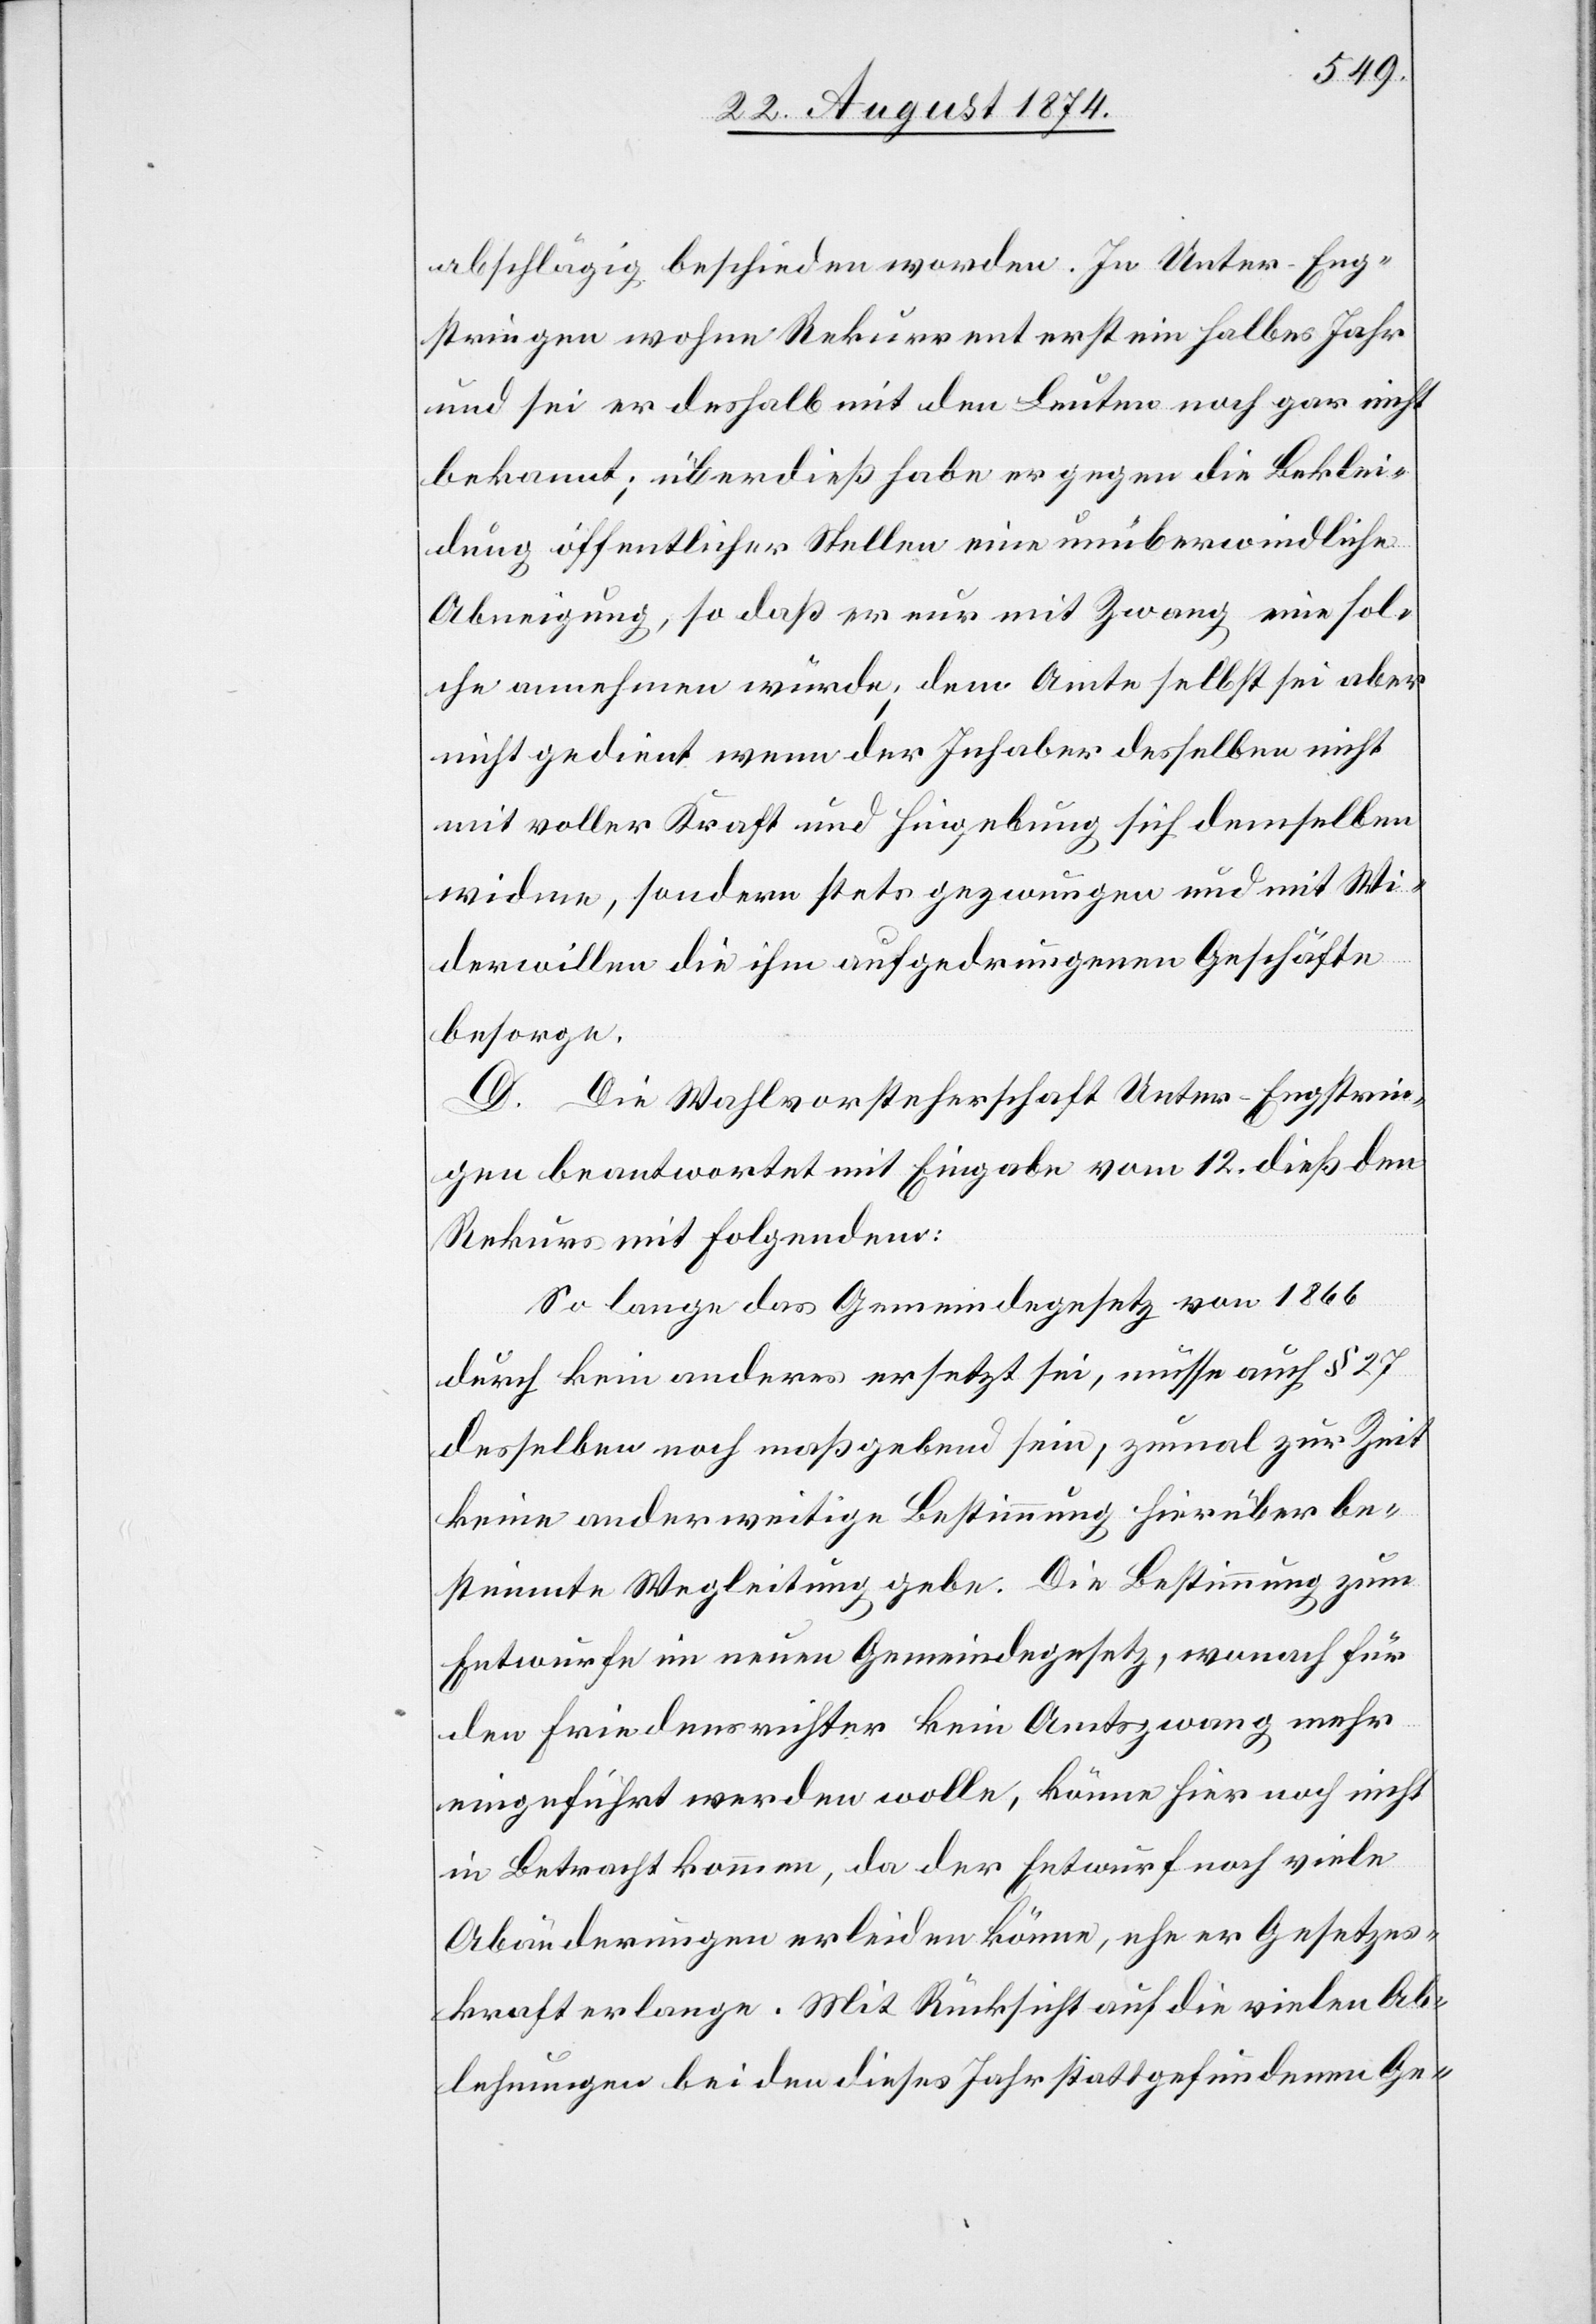
abschlägig beschieden worden. In Unter-Eng¬
stringen wohne Rekurrent erst ein halbes Jahr
und sei er deshalb mit den Leuten noch gar nicht
bekannt; überdieß habe er gegen die Beklei¬
dung öffentlicher Stellen eine unüberwindliche
Abneigung, so daß er nur mit Zwang eine sol¬
che annehmen würde; dem Amte selbst sei aber
nicht gedient wenn der Inhaber desselben nicht
mit voller Kraft und Hingebung sich demselben
widme, sondern stets gezwungen und mit Wi¬
derwillen die ihm aufgedrungenen Geschäfte
besorge.
D. Die Wahlvorsteherschaft Unter-Engstrin¬
gen beantwortet mit Eingabe vom 12. dieß den
Rekurs mit Folgendem:
So lange das Gemeindegesetz von 1866
durch kein anderes ersetzt sei, müsse auch § 27
desselben noch maßgebend sein, zumal zur Zeit
keine anderweitige Bestimmung hierüber be¬
stimmte Wegleitung gebe. Die Bestimmung zum
Entwurfe im neuen Gemeindegesetz, wonach für
den Friedensrichter kein Amtszwang mehr
eingeführt werden wolle, könne hier noch nicht
in Betracht kommen, da der Entwurf noch viele
Abänderungen erleiden könne, ehe er Gesetzes¬
kraft erlange. Mit Rücksicht auf die vielen Ab¬
lehnungen bei den dieses Jahr stattgefundenen Ge-